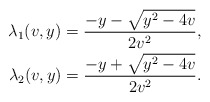
\begin{align*}\lambda_1(v,y)=\frac{-y-\sqrt{y^2-4v}}{2v^2}, \\\lambda_2(v,y)=\frac{-y+\sqrt{y^2-4v}}{2v^2}. \end{align*}